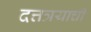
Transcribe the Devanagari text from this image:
दत्तत्रयाची